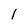
Character: 1